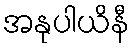
အနုပါယိနီ